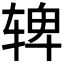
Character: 𬨌